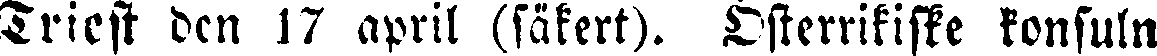
Triest den 17 april (säkert). Österrikiske konsuln